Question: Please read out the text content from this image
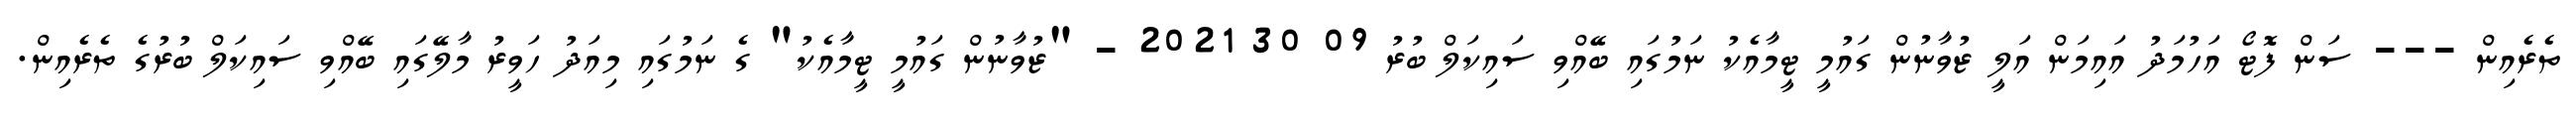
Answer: ތެރެއިން --- ސަން ފޮޓޯ އަހުމަދު އައިމަން އަލީ ޒުވާނުން ގައުމީ ޓީމާއެކު ނަމުގައި ބޭއްވި ސައިކަލް ބުރު 09 30 2021 - "ޒުވާނުން ގައުމީ ޓީމާއެކު" ގެ ނަމުގައި މިއަދު ހަވީރު މާލޭގައި ބޭއްވި ސައިކަލް ބުރުގެ ތެރެއިން.